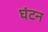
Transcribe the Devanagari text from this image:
घंटन